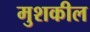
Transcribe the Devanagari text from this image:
मुशकील